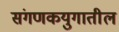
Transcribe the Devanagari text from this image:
संगणकयुगातील